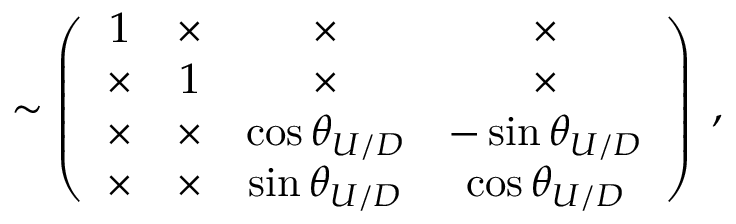
\sim \left( \begin{array} { c c c c } { { 1 } } & { { \times } } & { { \times } } & { { \times } } \\ { { \times } } & { { 1 } } & { { \times } } & { { \times } } \\ { { \times } } & { { \times } } & { { \cos \theta _ { U / D } } } & { { - \sin \theta _ { U / D } } } \\ { { \times } } & { { \times } } & { { \sin \theta _ { U / D } } } & { { \cos \theta _ { U / D } } } \end{array} \right) \; ,